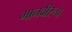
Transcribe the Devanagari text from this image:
मानवीरूप